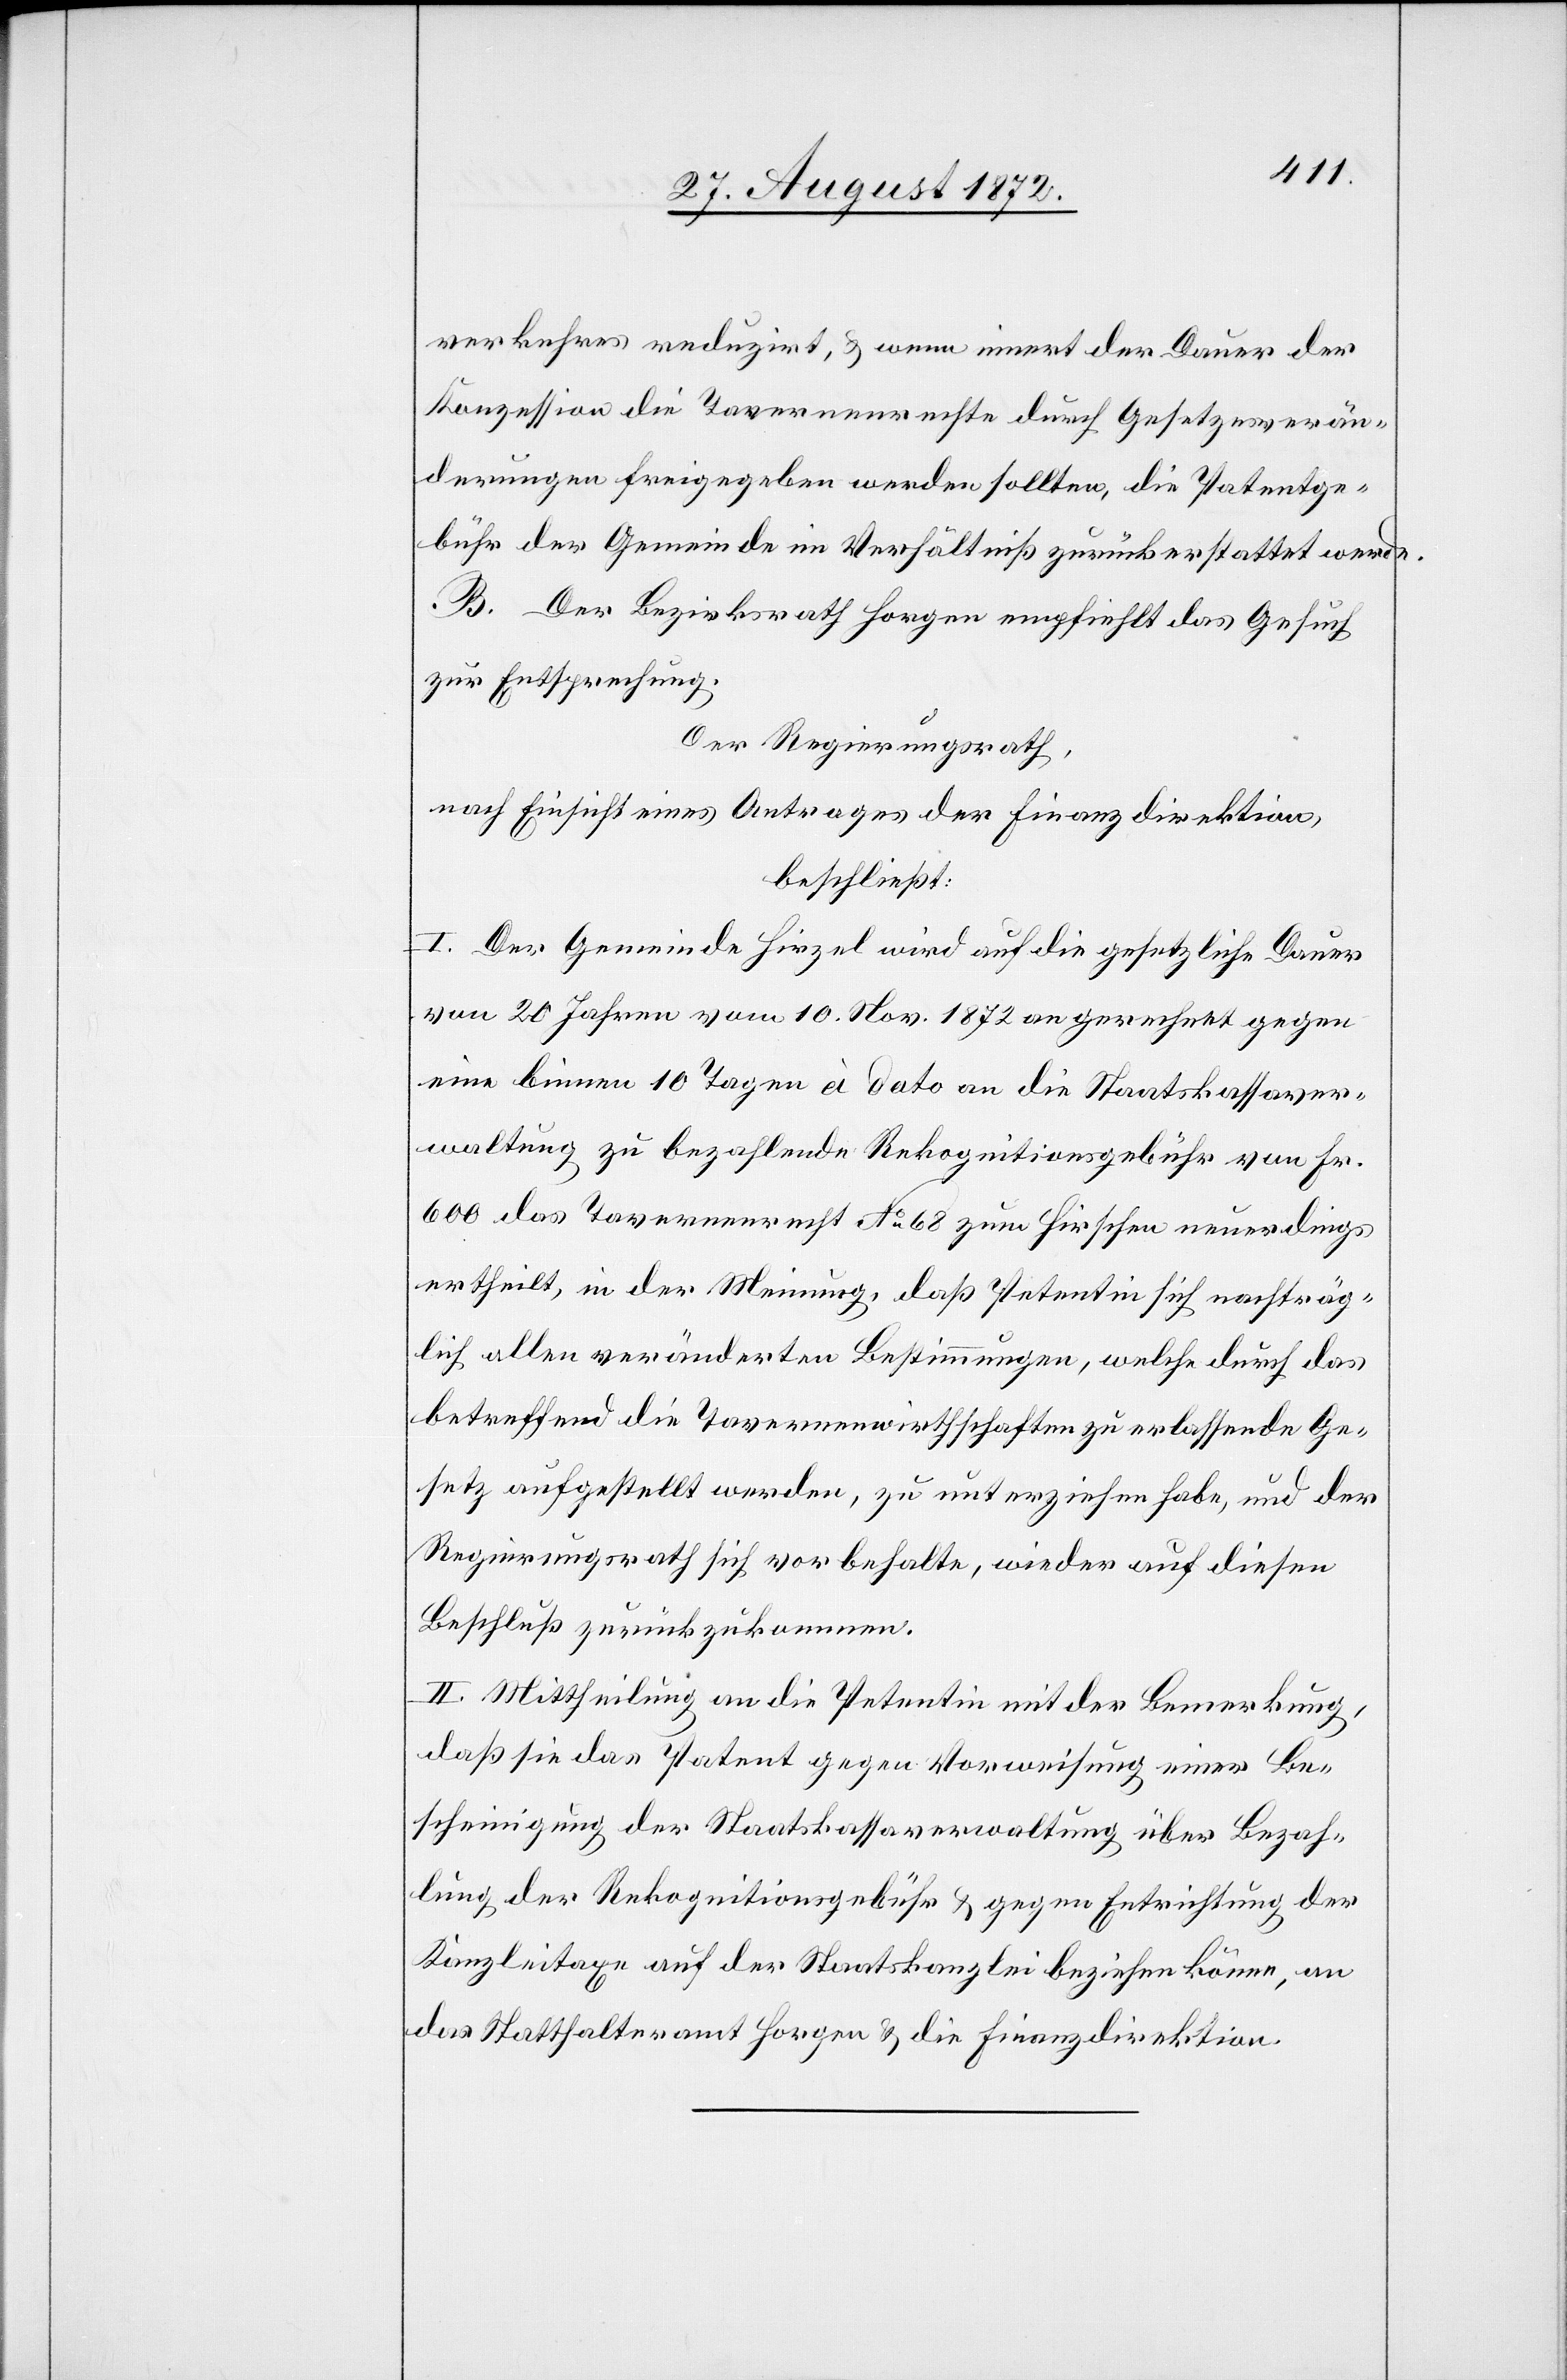
verkehres reduzirt, u. wenn innert der Dauer der
Konzession die Tavernenrechte durch Gesetzesverän¬
derungen freigegeben werden sollten, die Patentge¬
bühr der Gemeinde im Verhältniß zurückerstattet werde.
B. Der Bezirksrath Horgen empfiehlt das Gesuch
zur Entsprechung.
Der Regierungsrath,
nach Einsicht eines Antrages der Finanzdirektion,
beschließt:
I. Der Gemeinde Hirzel wird auf die gesetzliche Dauer
von 20 Jahren vom 10. Nov. 1872 an gerechnet gegen
eine binnen 10 Tagen à dato an die Staatskassaver¬
waltung zu bezahlende Rekognitionsgebühr von Fr.
600 des Tavernenrecht No 68 zum Hirschen neuerdings
ertheilt, in der Meinung, daß Petentin sich nachträg¬
lich allen veränderten Bestimmungen, welche durch das
betreffend die Tavernenwirthschaften zu erlassende Ge¬
setz aufgestellt werden, zu unterziehen habe, und der
Regierungsrath sich vorbehalte, wieder auf diese
Beschluß zurückzukommen.
II. Mittheilung an die Petentin mit der Bemerkung,
daß sie das Patent gegen Vorweisung einer Be¬
scheinigung der Staatskassaverwaltung über Bezah¬
lung de Rekognitionsgebühr u. gegen Entrichtung der
Kanzleitaxe auf der Staatskanzlei beziehen könne, an
das Statthalteramt Horgen u. die Finanzdirektion.